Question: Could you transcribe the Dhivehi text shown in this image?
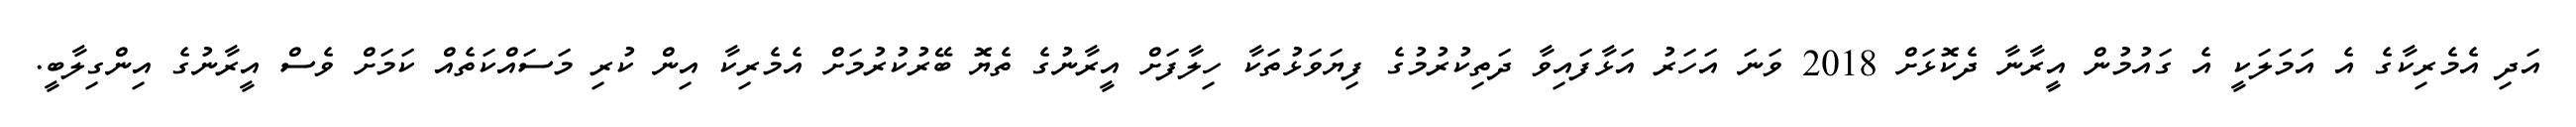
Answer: އަދި އެމެރިކާގެ އެ އަމަލަކީ އެ ގައުމުން އީރާނާ ދެކޮޅަށް 2018 ވަނަ އަހަރު އަޅާފައިވާ ދަތިކުރުމުގެ ފިޔަވަޅުތަކާ ހިލާފަށް އީރާނުގެ ތެޔޮ ބޭރުކުރުމަށް އެމެރިކާ އިން ކުރި މަސައްކަތެއް ކަމަށް ވެސް އީރާނުގެ އިންގިލާބީ.